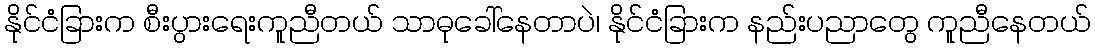
နိုင်ငံခြားက စီးပွားရေးကူညီတယ် သာဓုခေါ်နေတာပဲ၊ နိုင်ငံခြားက နည်းပညာတွေ ကူညီနေတယ်